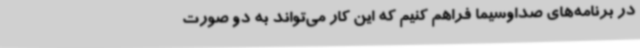
در برنامه‌های صداوسیما فراهم کنیم که این کار می‌تواند به دو صورت